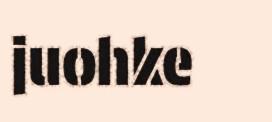
juohke